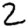
Digit: 2